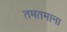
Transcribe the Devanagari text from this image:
तमतमाना